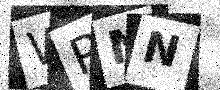
Text: WPNN